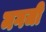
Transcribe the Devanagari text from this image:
मगजी